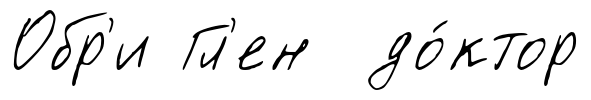
Обр'и Гл'ен до́ктор